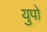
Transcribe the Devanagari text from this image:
युपो